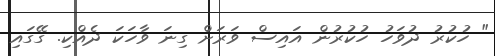
" ހުކުރު ދުވަހު ހުކުރުން އައިސް ވަރަށް ގިނަ ވާހަކަ ދެއްކި. ގޭގައި